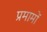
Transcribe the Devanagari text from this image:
प्रमामों